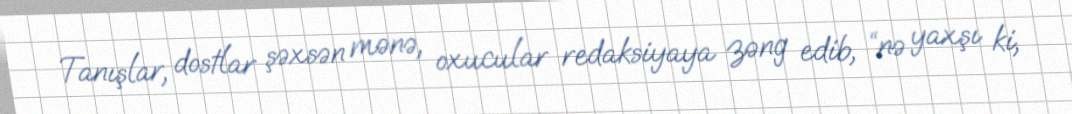
Tanışlar, dostlar şəxsən mənə, oxucular redaksiyaya zəng edib, “nə yaxşı ki,